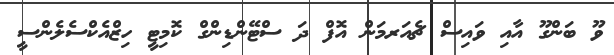
ވޫ ބަންގޫ އާއި ވައިސް ޗެއަރމަން އޮފް ދަ ސްޓޭންޑިންގް ކޮމިޓީ ހިޒްއެކްސެލެންސީ